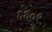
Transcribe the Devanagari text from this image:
६६०९